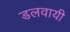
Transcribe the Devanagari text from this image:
डलवायी